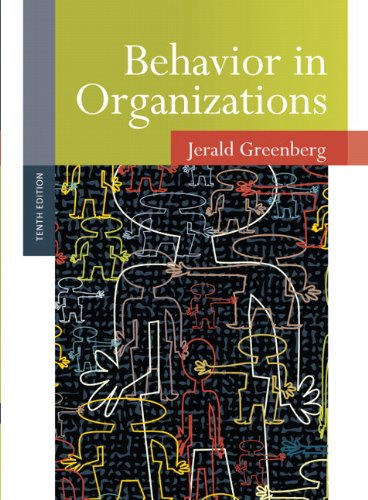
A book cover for Behavior in Organizations (10th Edition); Jerald Greenberg; Business & Money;